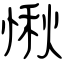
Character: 愀